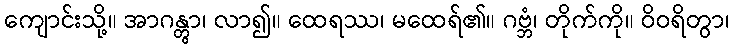
ကျောင်းသို့။ အာဂန္တွာ၊ လာ၍။ ထေရဿ၊ မထေရ်၏။ ဂဗ္ဘံ၊ တိုက်ကို။ ဝိဝရိတွာ၊